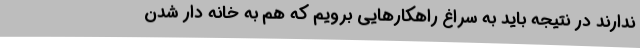
ندارند در نتیجه باید به سراغ راهکارهایی برویم که هم به خانه دار شدن